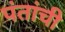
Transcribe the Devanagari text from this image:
पंतांची